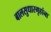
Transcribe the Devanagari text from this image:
बालसुधारगृहांना